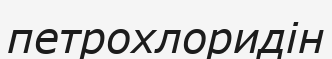
петрохлоридін